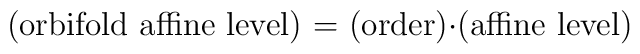
\textup{(orbifold affine level) = (order)$\cdot$(affine level)}